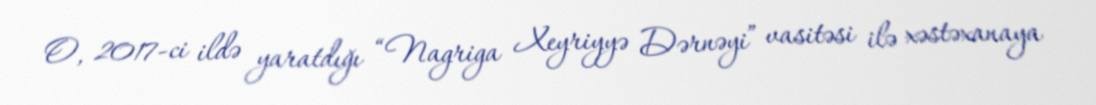
O, 2017-ci ildə yaratdığı “Nagriga Xeyriyyə Dərnəyi” vasitəsi ilə xəstəxanaya